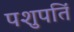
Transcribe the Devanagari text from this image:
पशुपतिं